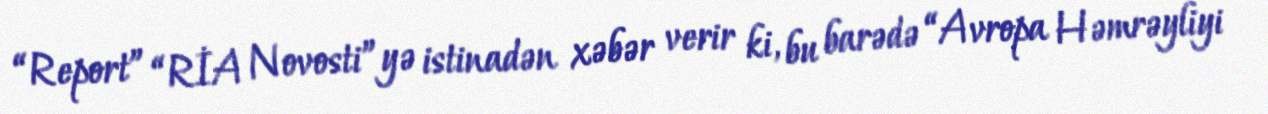
“Report” “RİA Novosti”yə istinadən xəbər verir ki, bu barədə “Avropa Həmrəyliyi